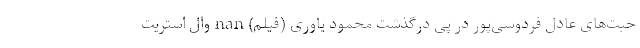
حبت‌های عادل فردوسی‌پور در پی درگذشت محمود یاوری (فیلم) nan وال استریت